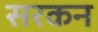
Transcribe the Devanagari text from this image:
सरकन